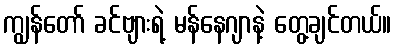
ကျွန်တော် ခင်ဗျားရဲ့ မန်နေဂျာနဲ့ တွေ့ချင်တယ်။